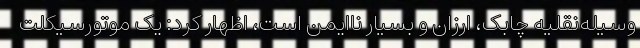
وسیله‌نقلیه چابک، ارزان و بسیار ناایمن است، اظهار کرد: یک موتورسیکلت